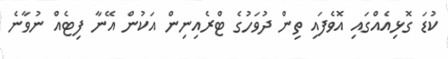
ކުޑަ ގޮޅިއެއްގައި އޮވެފައި ތިން ދުވަހުގެ ޓްރެއިނިން އަކުން އޭނާ ފިޓެއް ނުވާނެ